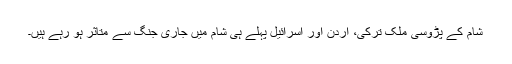
شام کے پڑوسی ملک ترکی، اردن اور اسرائیل پہلے ہی شام میں جاری جنگ سے متاثر ہو رہے ہیں۔